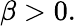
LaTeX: \beta>0.